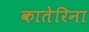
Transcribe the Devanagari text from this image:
कातेरिना